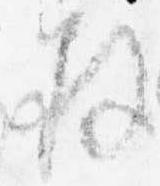
拝